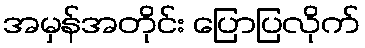
အမှန်အတိုင်း ပြောပြလိုက်